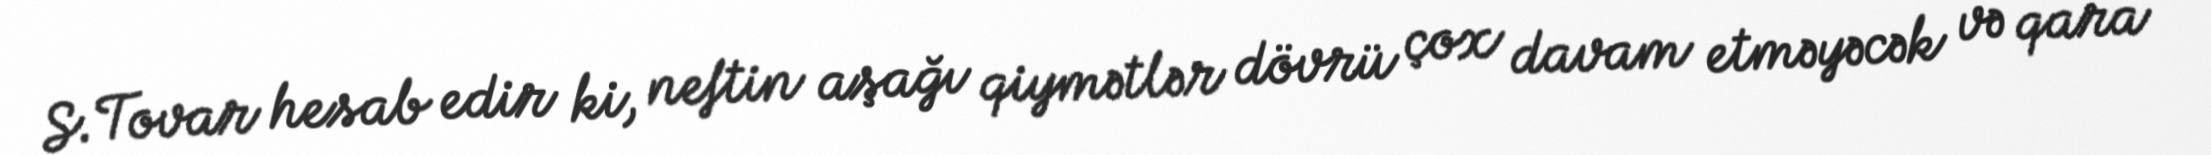
S.Tovar hesab edir ki, neftin aşağı qiymətlər dövrü çox davam etməyəcək və qara